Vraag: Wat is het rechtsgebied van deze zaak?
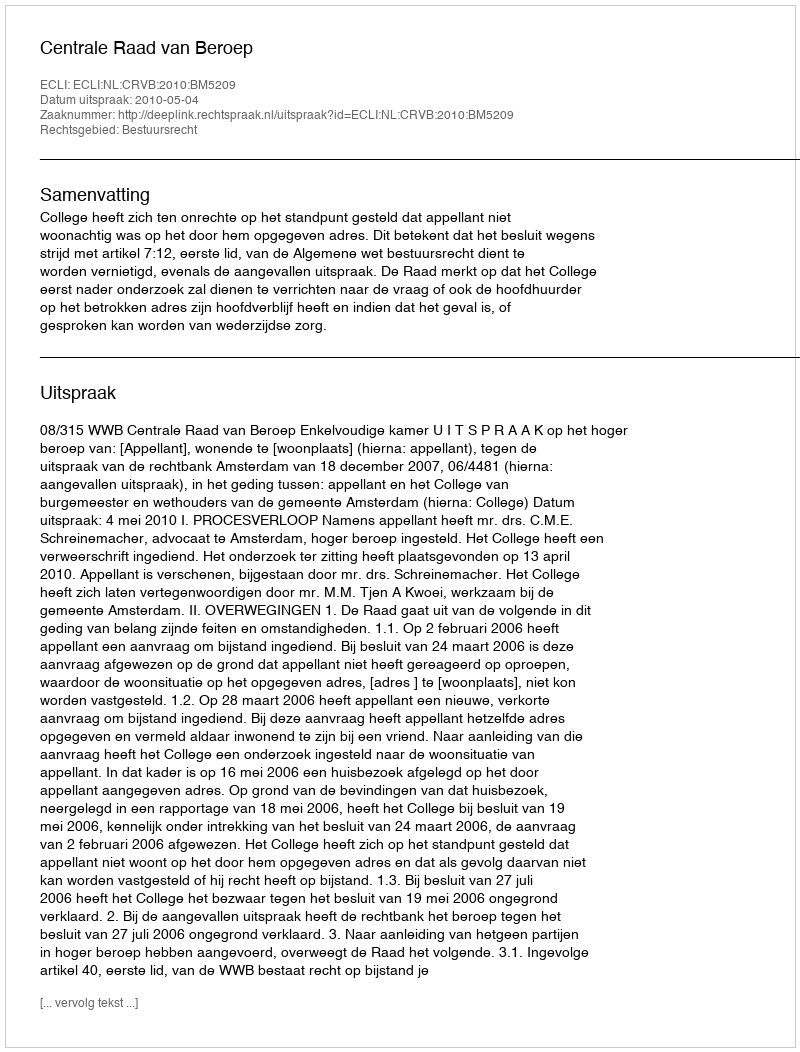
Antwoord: Bestuursrecht